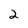
Character: 2